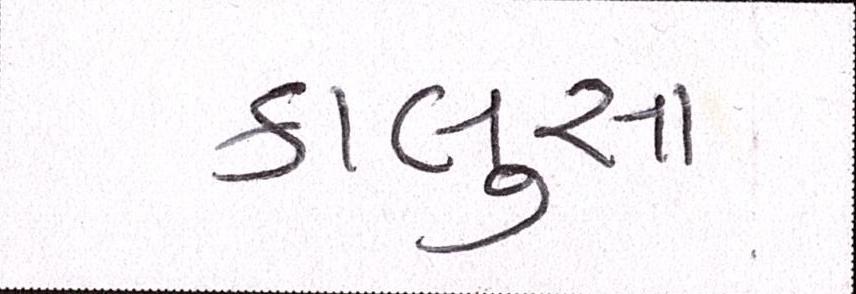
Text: કાલુસા